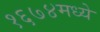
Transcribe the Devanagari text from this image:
१६७४मध्ये